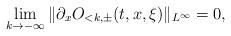
LaTeX: \begin{align*}\lim_{k \to - \infty} \|\partial_x O_{<k,\pm}(t,x,\xi)\|_{L^\infty} = 0,\end{align*}